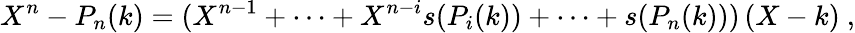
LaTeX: X^{n}-P_{n}(k)=(X^{n-1}+\dots+X^{n-i}s(P_{i}(k))+\dots+s(P_{n}(k)))\, (X-k)\ ,